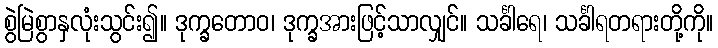
စွဲမြဲစွာနှလုံးသွင်း၍။ ဒုက္ခတောဝ၊ ဒုက္ခအားဖြင့်သာလျှင်။ သင်္ခါရေ၊ သင်္ခါရတရားတို့ကို။